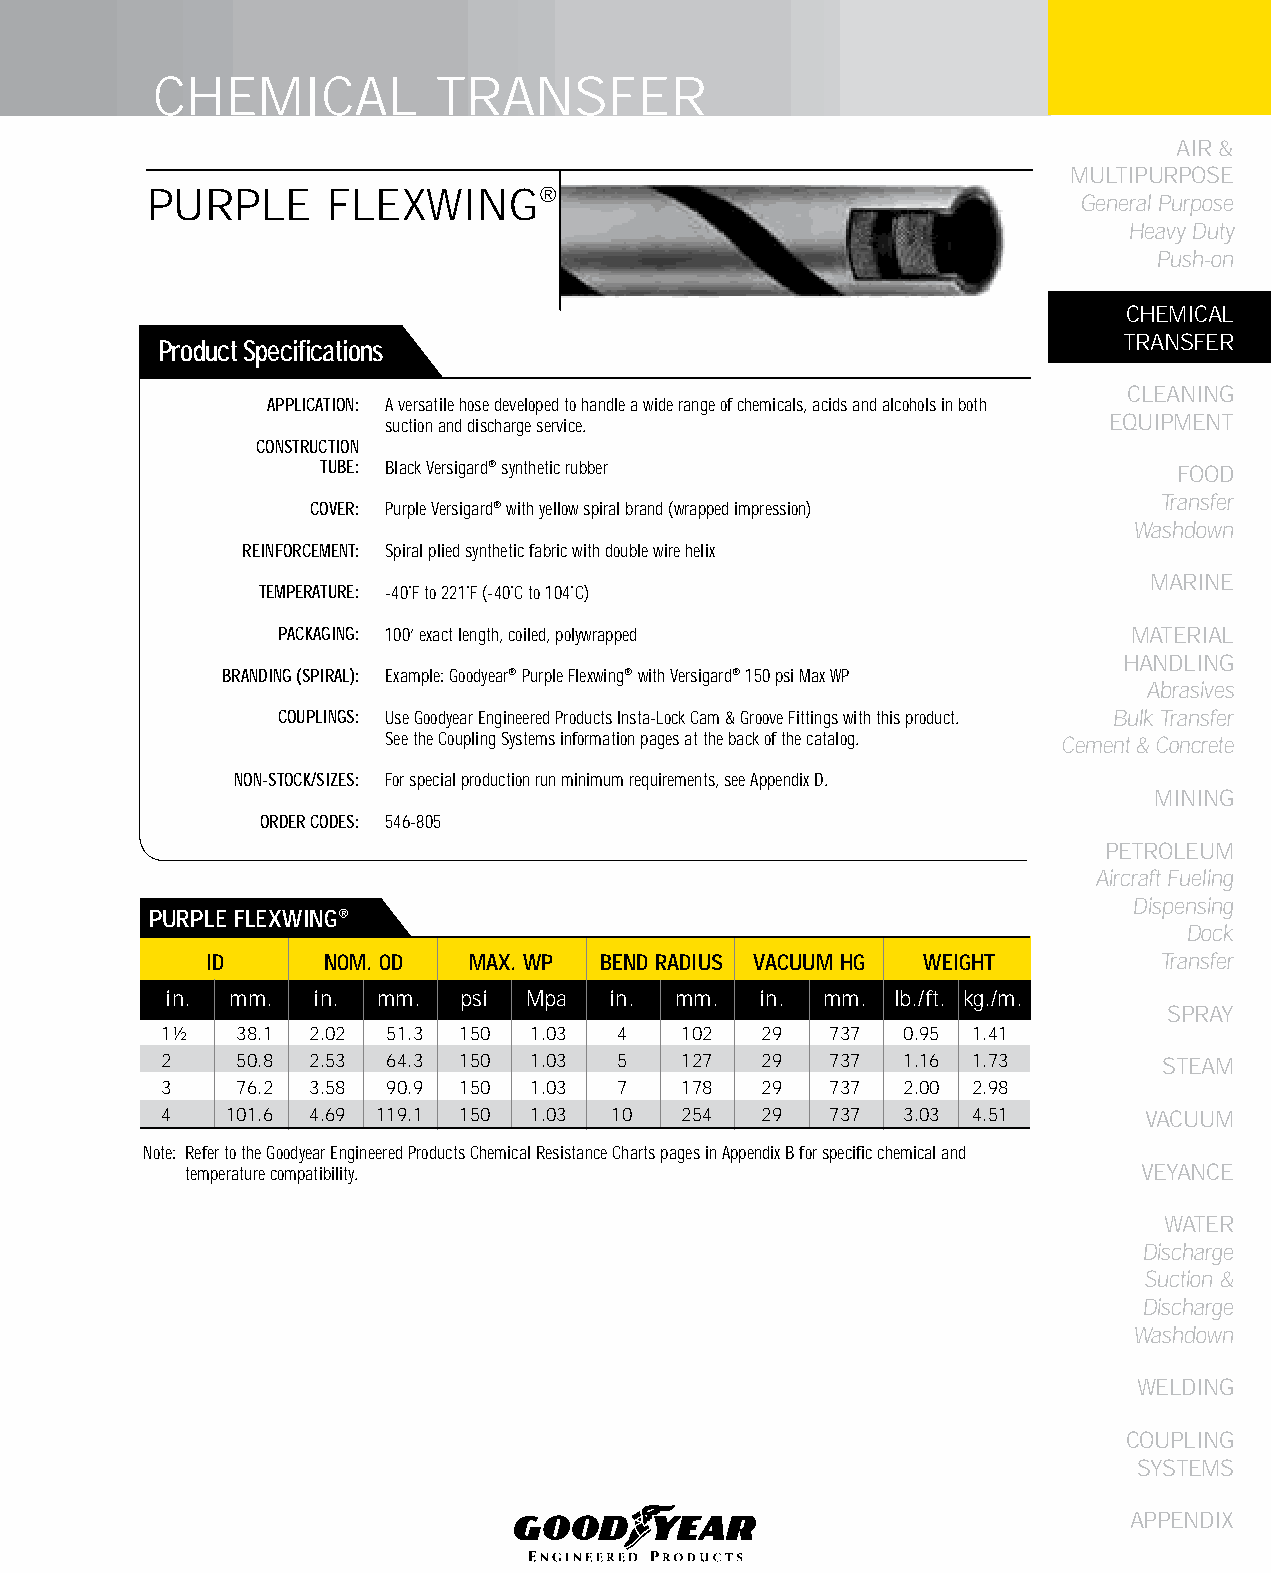
CHEMICAL           TRANSFER
 AIR &
 MULTIPURPOSE
 PURPLE      FLEXWING®
 General Purpose
 Heavy Duty
 Push-on
 CHEMICAL
 TRANSFER
 Product Specifications
 CLEANING
 APPLICATION: A versatile hose developed to handle a wide range of chemicals, acids and alcohols in both
 suction and discharge service.                 EqUIPMENT
 CONSTRUCTION
 TUBE: Black Versigard® synthetic rubber                  FOOD
 Transfer
 COVER: Purple Versigard® with yellow spiral brand (wrapped impression)
 Washdown
 REINFORCEMENT: Spiral plied synthetic fabric with double wire helix
 MARINE
 TEMPERATURE: -40˚F to 221˚F (-40˚C to 104˚C)
 PACKAGING: 100’ exact length, coiled, polywrapped        MATERIAL
 HANDLING
 BRANDING (SPIRAL): Example: Goodyear® Purple Flexwing® with Versigard® 150 psi Max WP
 Abrasives
 COUPLINGS: Use Goodyear Engineered Products Insta-Lock Cam & Groove Fittings with this product. Bulk Transfer
 See the Coupling Systems information pages at the back of the catalog. Cement & Concrete
 NON-STOCK/SIZES: For special production run minimum requirements, see Appendix D.
 MINING
 ORDER CODES: 546-805
 PETROLEUM
 Aircraft Fueling
 Dispensing
 PURPLE fLEXWING®
 Dock
 ID      NOM. OD  MAX. WP  bEND RADIUS VACUUM HG WEIGHT         Transfer
 in. mm.   in. mm.   psi Mpa  in.  mm.  in.  mm. lb./ft. kg./m.
 SPRAY
 1½   38.1 2.02 51.3 150 1.03  4   102   29  737  0.95 1.41
 2    50.8 2.53 64.3 150 1.03  5   127   29  737  1.16 1.73        STEAM
 3    76.2 3.58 90.9 150 1.03  7   178   29  737  2.00 2.98
 4   101.6 4.69 119.1 150 1.03 10  254   29  737  3.03 4.51       VACUUM
 Note: Refer to the Goodyear Engineered Products Chemical Resistance Charts pages in Appendix B for specific chemical and
 temperature compatibility.                                      VEYANCE
 WATER
 Discharge
 Suction &
 Discharge
 Washdown
 WELDING
 COUPLING
 SYSTEMS
 APPENDIX
 49